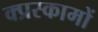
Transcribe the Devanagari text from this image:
क्प्रस्कामों